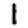
Digit: 1